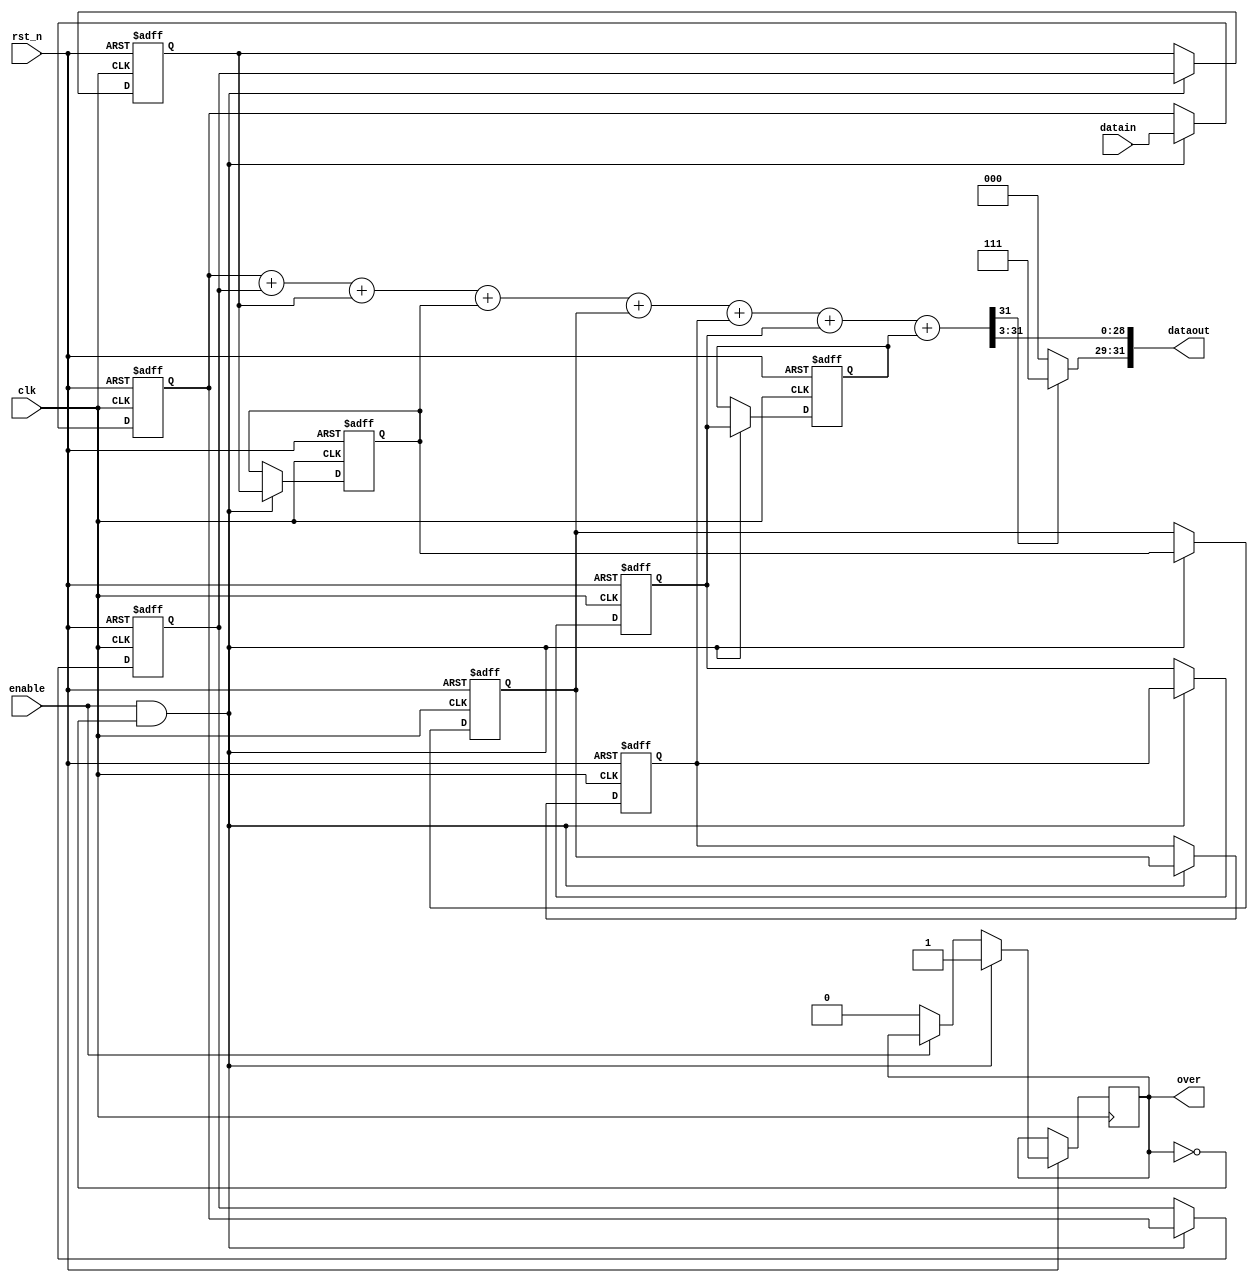
module meanfilter(datain,enable,rst_n,clk,dataout,over);
input enable,clk,rst_n;
input[31:0] datain;
output over;
output[31:0] dataout;
reg[31:0] dataout,data1,data2,data3,data4,data5,data6,data7,data8,datatemp;
reg over;

always @(posedge clk or negedge rst_n)
begin
    if(!rst_n)
	begin
        data1 <= 0;
        data2 <= 0;
        data3 <= 0;
        data4 <= 0;
        data5 <= 0;
        data6 <= 0;
        data7 <= 0;
        data8 <= 0;
	end
    else
	begin
	    if(enable == 1 && over == 0)
	    begin
	        data8 <= data7;
	        data7 <= data6;
	        data6 <= data5;
	        data5 <= data4;
	        data4 <= data3;
	        data3 <= data2;
	        data2 <= data1;
	        data1 <= datain;
	        over <= 1;
	    /*if(datain[31]==0)
	    begin
            data1[28:0] <= datain[31:3];
            data1[31:0] <= 3'd0;
        end
        else
        begin
            data1[28:0] <= datain[31:3];
            data1[31:0] <= 3'd1;
	    end*/
	    end
	    else if(enable == 0)
	    begin
	        over <= 0;
	    end
	end
end

always@(data1)
begin
    datatemp <= data1 + data2 + data3 + data4 + data5 + data6 + data7 + data8;
end

always@(datatemp)
begin
    if(datatemp[31]==1)
	begin
        dataout[28:0] <= datatemp[31:3];
        dataout[31:29] <= 3'd111;
    end
    else
    begin
        dataout[28:0] <= datatemp[31:3];
        dataout[31:29] <= 3'd0;
	end
end
endmodule